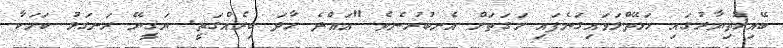
ބޭއިޚުތިޔާރުގައި ހަޅޭތްލަވައިގަނެފައި މަގަތަށް އެނބުރުނެވެ "އައްދެ ހާދަ ބިރެއްގަތީ. ޔަޤީނޭ ރަނގަޅު ކަމަކާ